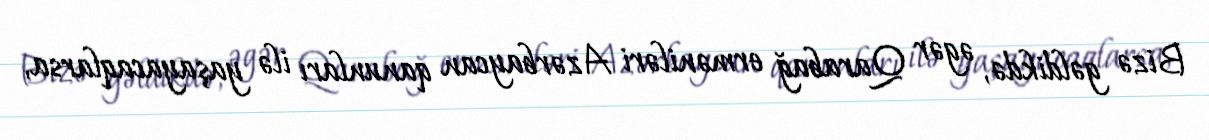
Bizə gəldikdə, əgər Qarabağ erməniləri Azərbaycan qanunları ilə yaşayacaqlarsa,